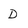
Character: D